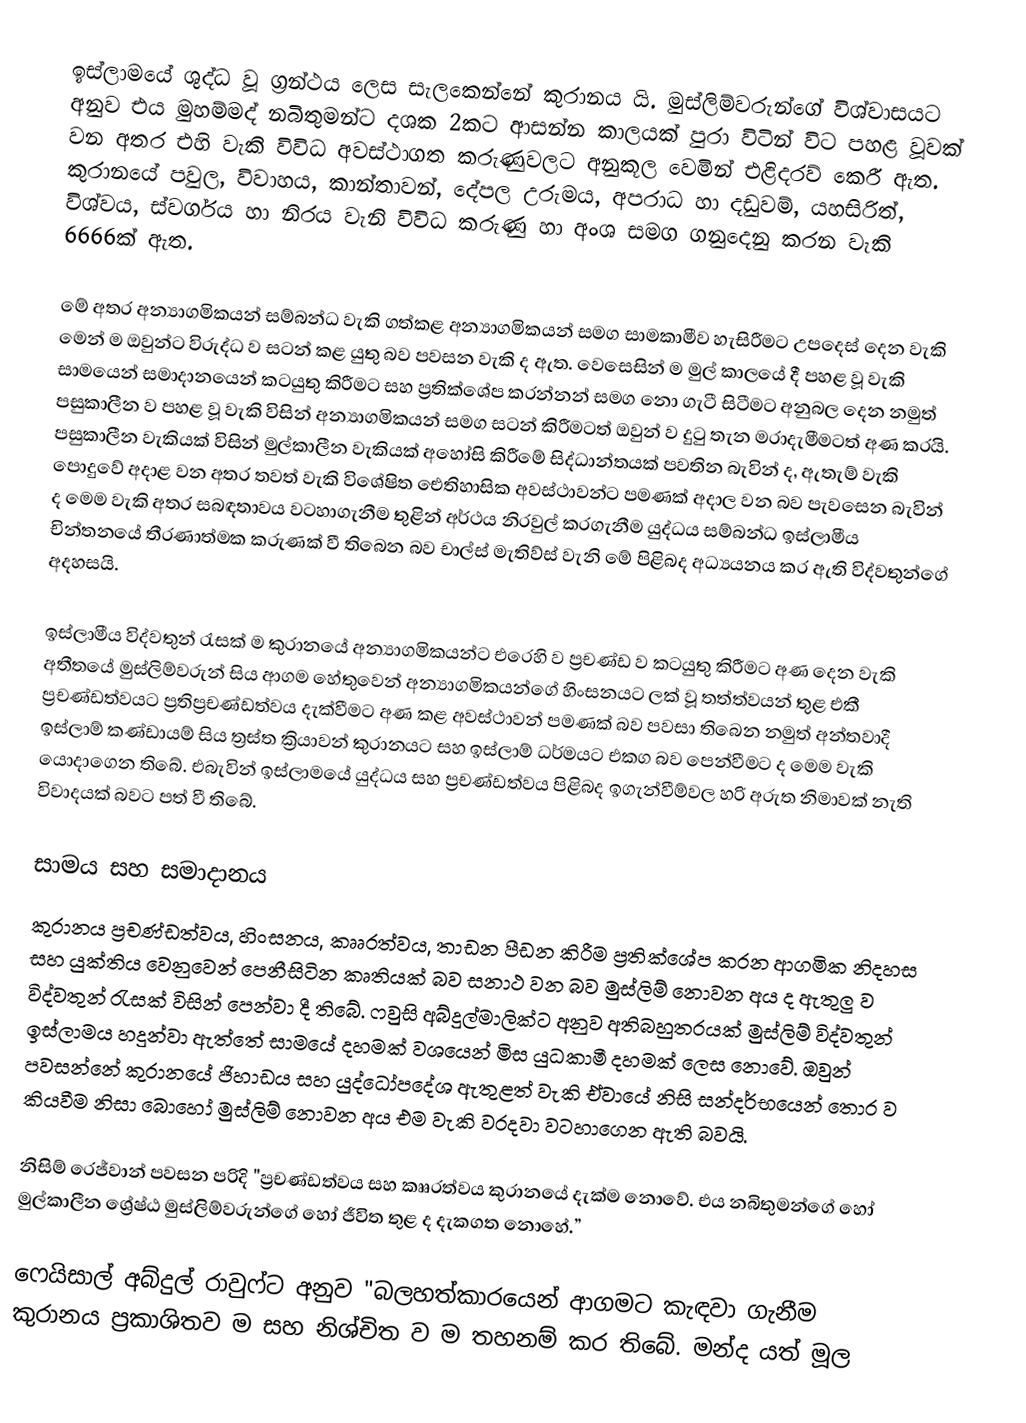
ඉස්ලාමයේ ශුද්ධ වූ ග්‍රන්ථය ලෙස සැලකෙන්නේ කුරානය යි. මුස්ලිම්වරුන්ගේ විශ්වාසයට අනුව එය මුහම්මද් නබිතුමන්ට දශක 2කට ආසන්න කාලයක් පුරා විටින් විට පහළ වූවක් වන අතර එහි වැකි  විවිධ අවස්ථාගත කරුණුවලට අනුකූල වෙමින් එළිදරව් කෙරී ඇත. කුරානයේ පවුල, විවාහය, කාන්තාවන්, දේපල උරුමය, අපරාධ හා දඩුවම්, යහසිරිත්, විශ්වය, ස්වර්ගය හා නිරය වැනි විවිධ කරුණු හා අංශ සමග ගනුදෙනු කරන වැකි 6666ක් ඇත.

මේ අතර අන්‍යාගමිකයන් සම්බන්ධ වැකි ගත්කළ අන්‍යාගමිකයන් සමග සාමකාමීව හැසිරීමට උපදෙස් දෙන වැකි මෙන් ම ඔවුන්ට විරුද්ධ ව සටන් කළ යුතු බව පවසන වැකි ද ඇත. වෙසෙසින් ම මුල් කාලයේ දී පහළ වූ වැකි සාමයෙන් සමාදානයෙන් කටයුතු කිරීමට සහ ප්‍රතික්ශේප කරන්නන්  සමග නො ගැටී සිටීමට අනුබල දෙන නමුත් පසුකාලීන ව පහළ වූ වැකි විසින් අන්‍යාගමිකයන් සමග සටන් කිරීමටත් ඔවුන් ව දුටු තැන මරාදැමීමටත් අණ කරයි. පසුකාලීන වැකියක් විසින් මුල්කාලීන වැකියක් අහෝසි කිරීමේ සිද්ධාන්තයක් පවතින බැවින් ද, ඇතැම් වැකි පොදුවේ අදාළ වන අතර තවත් වැකි විශේෂිත ඓතිහාසික අවස්ථාවන්ට පමණක් අදාල වන බව පැවසෙන බැවින් ද මෙම වැකි අතර සබඳතාවය වටහාගැනීම තුළින් අර්ථය නිරවුල් කරගැනීම යුද්ධය සම්බන්ධ ඉස්ලාමීය චින්තනයේ තීරණාත්මක කරුණක් වී තිබෙන බව චාල්ස් මැතිව්ස් වැනි මේ පිළිබද අධ්‍යයනය කර ඇති විද්වතුන්ගේ අදහසයි.

ඉස්ලාමීය විද්වතුන් රැසක් ම කුරානයේ අන්‍යාගමිකයන්ට එරෙහි ව ප්‍රචණ්ඩ ව කටයුතු කිරීමට අණ දෙන වැකි අතීතයේ මුස්ලිම්වරුන් සිය ආගම හේතුවෙන් අන්‍යාගමිකයන්ගේ හිංසනයට ලක් වූ තත්ත්වයන් තුළ එකී ප්‍රචණ්ඩත්වයට ප්‍රතිප්‍රචණ්ඩත්වය දැක්වීමට අණ කළ අවස්ථාවන් පමණක් බව පවසා තිබෙන නමුත්  අන්තවාදී ඉස්ලාම් කණ්ඩායම් සිය ත්‍රස්ත ක්‍රියාවන් කුරානයට සහ ඉස්ලාම් ධර්මයට එකග බව පෙන්වීමට ද මෙම වැකි යොදාගෙන තිබේ.  එබැවින් ඉස්ලාමයේ යුද්ධය සහ ප්‍රචණ්ඩත්වය පිළිබද ඉගැන්වීම්වල හරි අරුත නිමාවක් නැති විවාදයක් බවට පත් වී තිබේ.

සාමය සහ සමාදානය
කුරානය ප්‍රචණ්ඩත්වය, හිංසනය, කෲරත්වය, තාඩන පීඩන කිරීම ප්‍රතික්ශේප කරන ආගමික නිදහස සහ යුක්තිය වෙනුවෙන් පෙනීසිටින කෘතියක් බව සනාථ වන බව මුස්ලිම් නොවන අය ද ඇතුලු ව විද්වතුන් රැසක් විසින් පෙන්වා දී තිබේ. ෆවුසි අබ්දුල්මාලික්ට අනුව අතිබහුතරයක් මුස්ලිම් විද්වතුන් ඉස්ලාමය හදුන්වා ඇත්තේ සාමයේ දහමක් වශයෙන් මිස යුධකාමී දහමක් ලෙස නොවේ. ඔවුන් පවසන්නේ කුරානයේ ජිහාඩය සහ යුද්ධෝපදේශ ඇතුළත් වැකි ඒවායේ නිසි සන්දර්භයෙන් තොර ව කියවීම නිසා බොහෝ මුස්ලිම් නොවන අය එම වැකි වරදවා වටහාගෙන ඇති බවයි.

නිසිම් රෙජ්වාන් පවසන පරිදි  "ප්‍රචණ්ඩත්වය සහ කෲරත්වය කුරානයේ දැක්ම නොවේ. එය නබිතුමන්ගේ හෝ මුල්කාලීන ශ්‍රේෂ්ඨ මුස්ලිම්වරුන්ගේ හෝ ජීවිත තුළ ද දැකගත නොහේ.”

ෆෙයිසාල් අබ්දුල් රාවුෆ්ට අනුව "බලහත්කාරයෙන් ආගමට කැඳවා ගැනීම කුරානය ප්‍රකාශිතව ම සහ නිශ්චිත ව ම තහනම් කර තිබේ. මන්ද යත් මූල